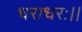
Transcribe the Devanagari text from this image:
धराधरः।।